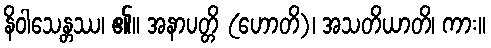
နိဝါသေန္တဿ၊ ၏။ အနာပတ္တိ (ဟောတိ)၊ အသတိယာတိ၊ ကား။